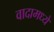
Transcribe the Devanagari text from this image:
वादामध्ये